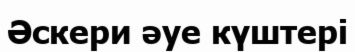
Әскери әуе күштері